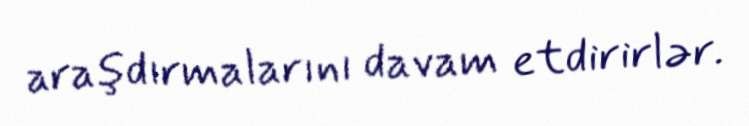
araşdırmalarını davam etdirirlər.